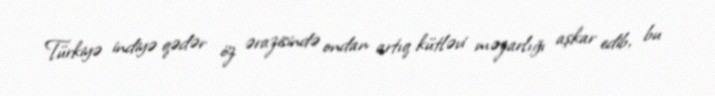
Türkiyə indiyə qədər öz ərazisində ondan artıq kütləvi məzarlığı aşkar edib, bu